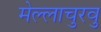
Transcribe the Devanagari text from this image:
मेल्‍लाचुरवु